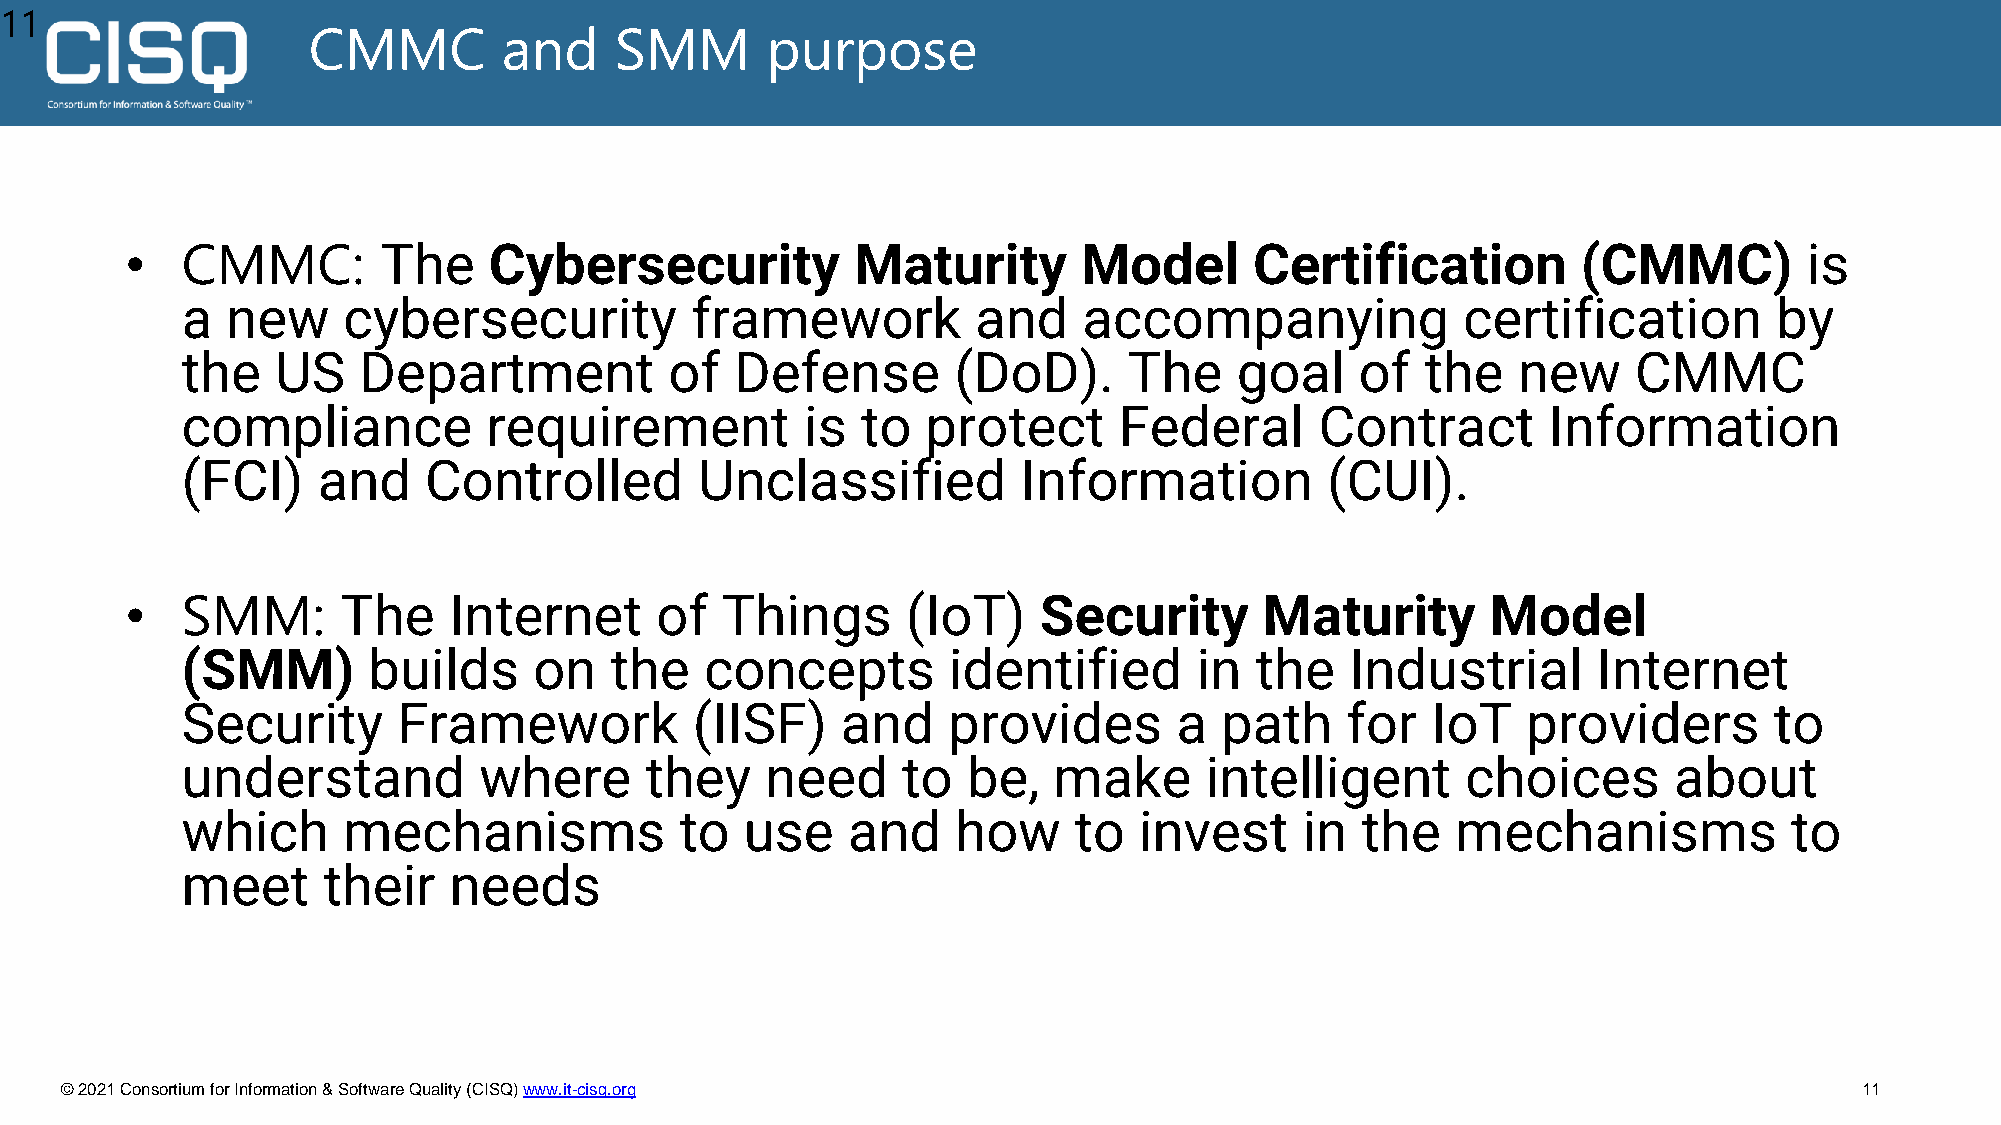
11
 CMMC         and     SMM       purpose
 •   CMMC:        The    Cybersecurity            Maturity       Model      Certification         (CMMC)         is
 a  new     cybersecurity          framework          and    accompanying             certification        by
 the   US    Department          of   Defense       (DoD).      The    goal    of  the   new     CMMC
 compliance          requirement          is  to  protect      Federal      Contract       Information
 (FCI)    and    Controlled        Unclassified          Information         (CUI).
 •   SMM:       The    Internet     of   Things      (IoT)    Security       Maturity       Model
 (SMM)       builds     on   the    concepts        identified      in  the   Industrial       Internet
 Security      Framework           (IISF)    and    provides       a  path    for   IoT   providers       to
 understand          where      they    need     to  be,   make      intelligent      choices       about
 which      mechanisms            to  use    and    how     to  invest     in  the   mechanisms             to
 meet     their    needs
 © 2021 Consortium for Information & Software Quality (CISQ) www.it-cisq.org                                            11